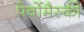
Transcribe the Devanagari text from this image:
पेर्वोमैस्की